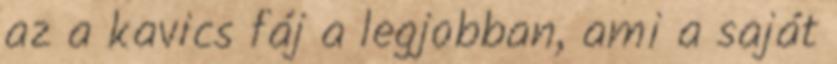
az a kavics fáj a legjobban, ami a saját